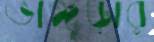
ভাঙ্গুড়ার